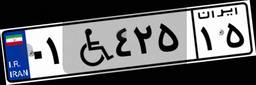
۸۸W۹۱۸۲۹